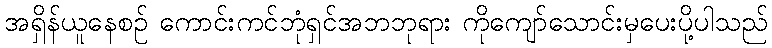
အရှိန်ယူနေစဉ် ကောင်းကင်ဘုံရှင်အဘဘုရား ကိုကျော်သောင်းမှပေးပို့ပါသည်